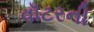
વૉટરની